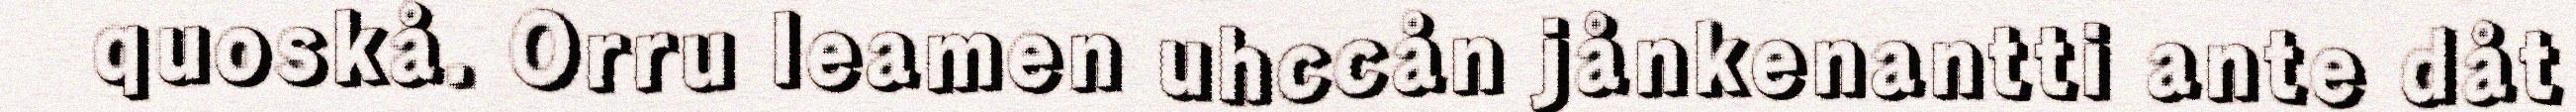
quoskå. Orru leamen uhccån jånkenantti ante dåt